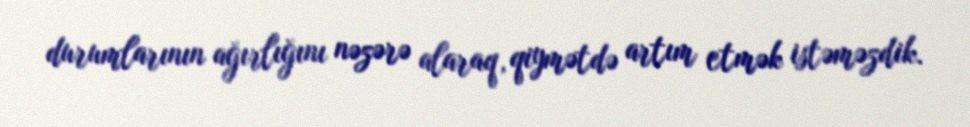
durumlarının ağırlığını nəzərə alaraq, qiymətdə artım etmək istəməzdik.